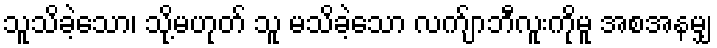
သူသိခဲ့သော၊ သို့မဟုတ် သူ မသိခဲ့သော လက်ျာဘီလူးကိုမူ အစအနမျှ